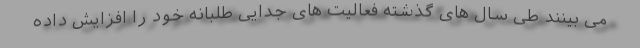
می بینند طی سال های گذشته فعالیت های جدایی طلبانه خود را افزایش داده